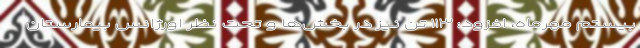
بیستم مهرماه، افزود: ۱۱۳ تَن نیز در بخش‌ها و تحت نظر اورژانس بیمارستان